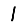
Digit: 1